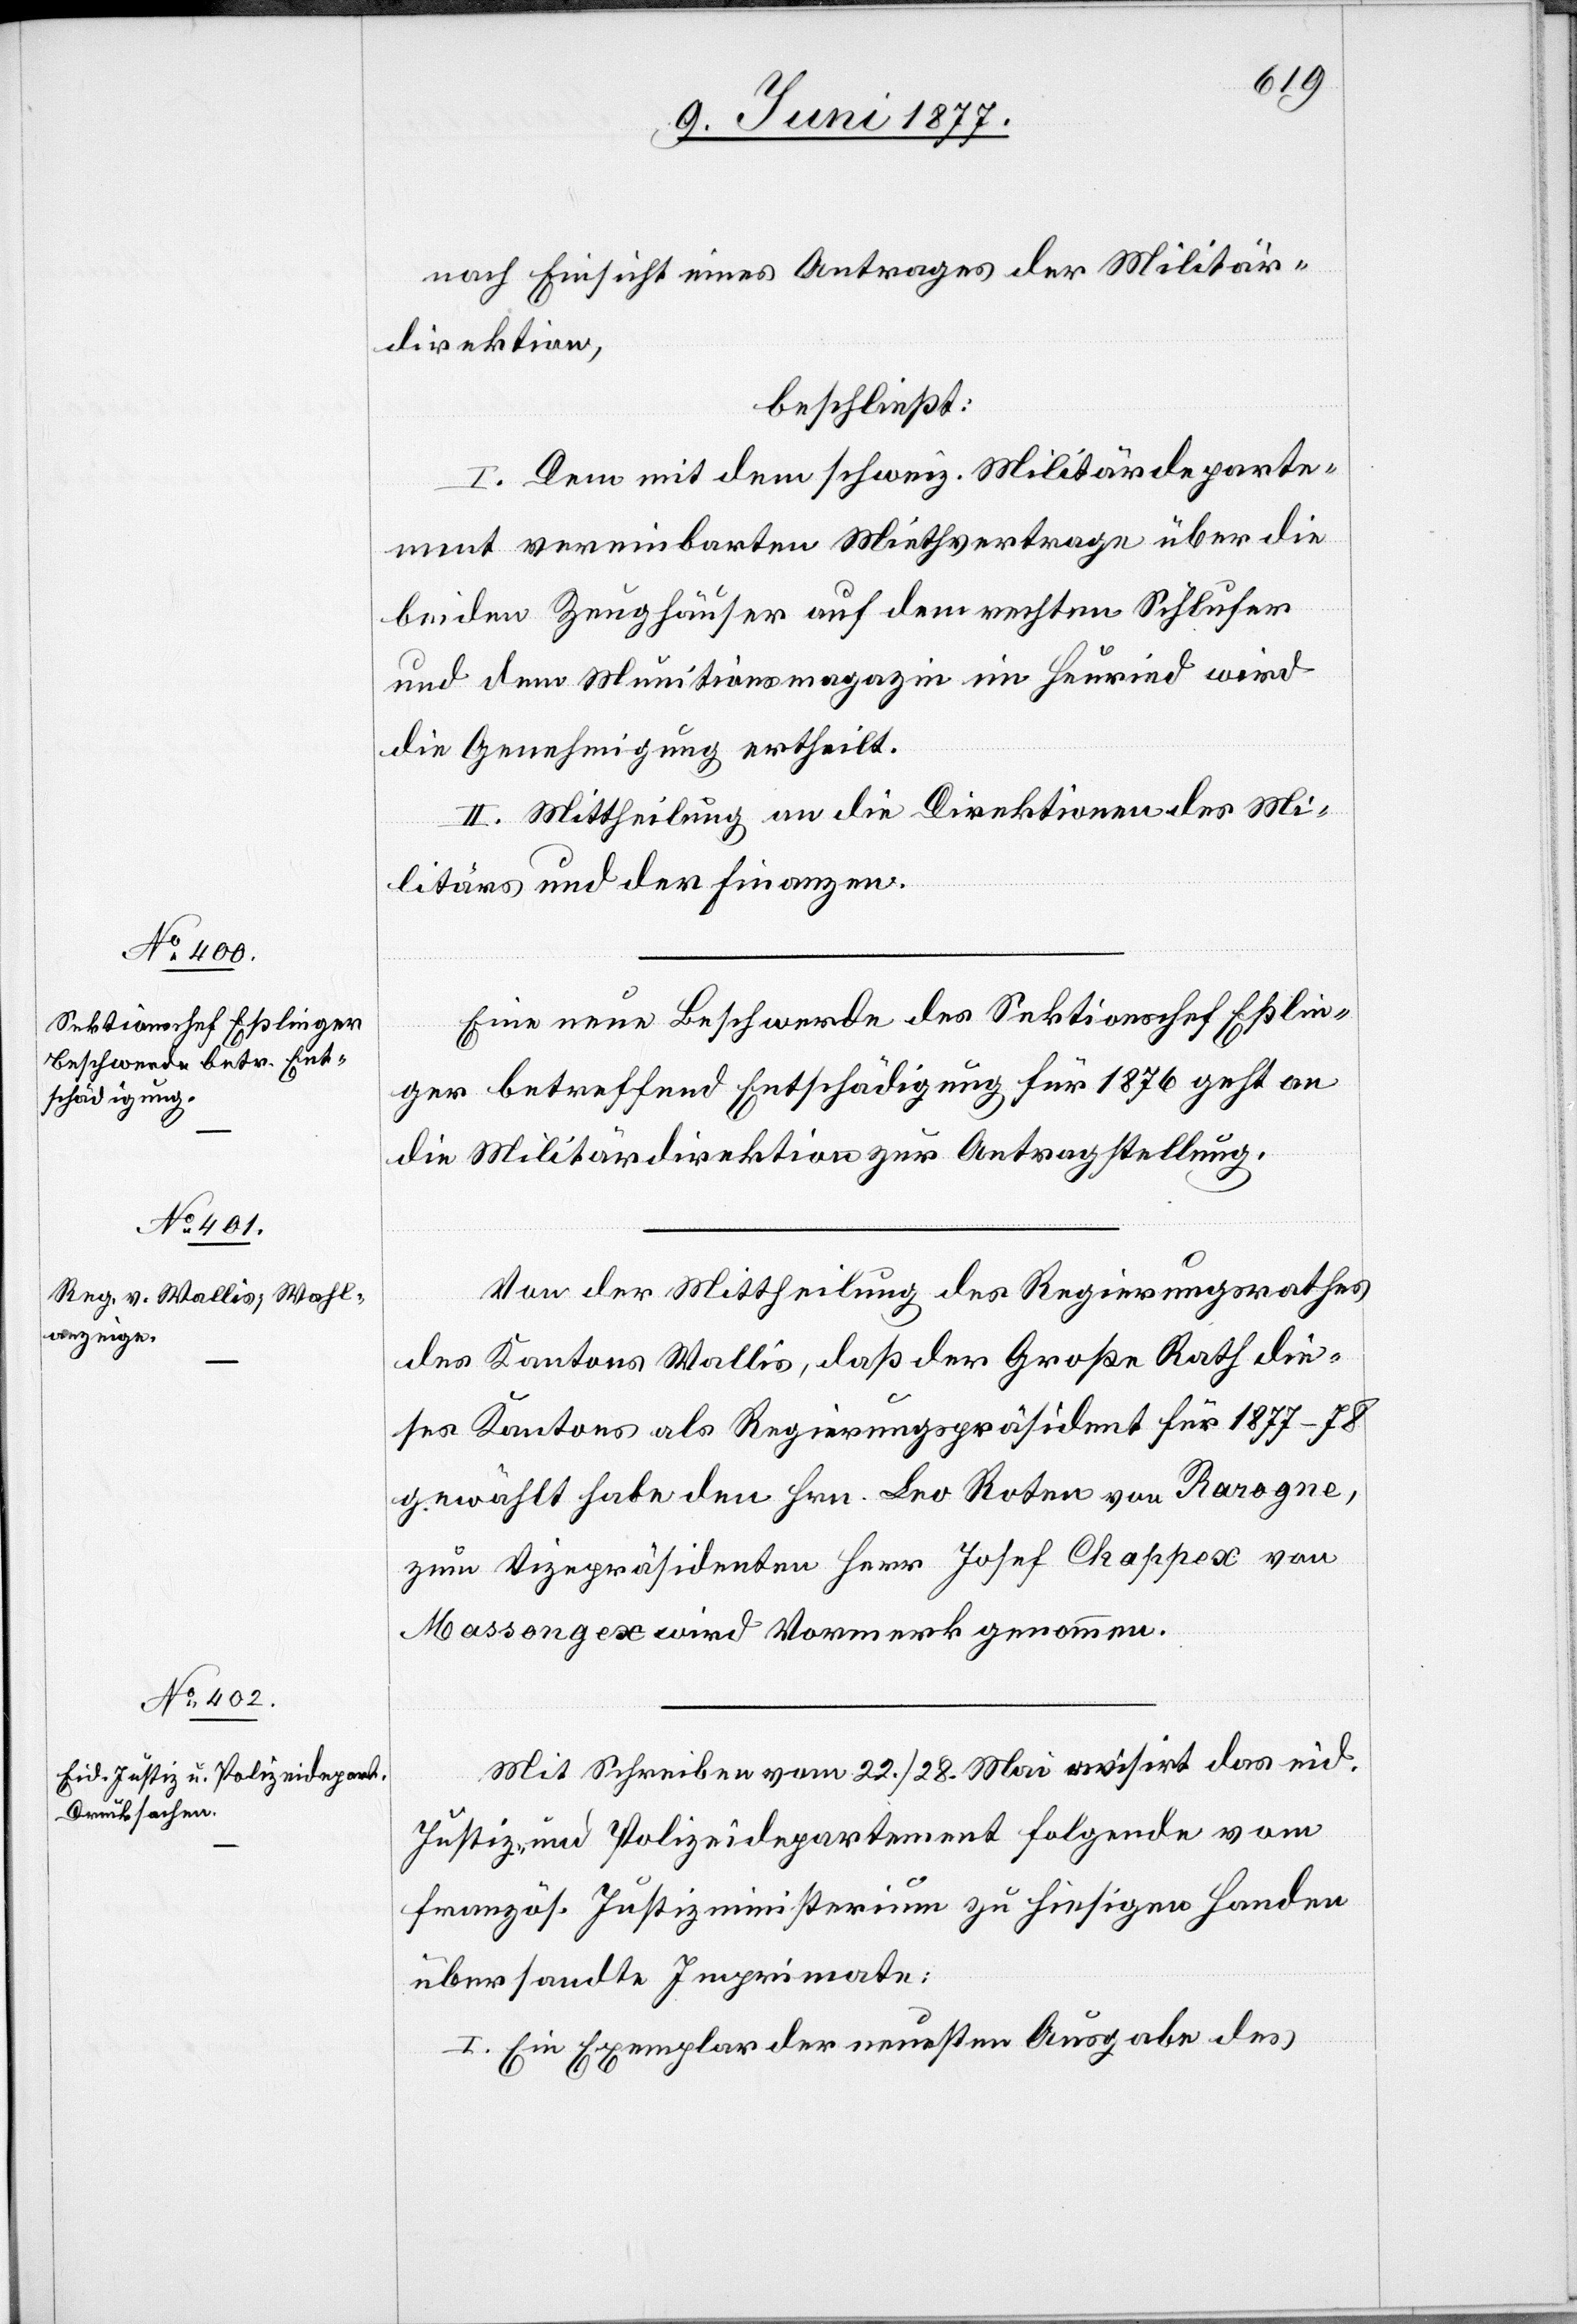
nach Einsicht eines Antrages der Militär¬
direktion,
beschließt:
I. Dem mit dem schweiz. Militärdeparte¬
ment vereinbarten Miethvertrage über die
beiden Zeughäuser auf dem rechten Sihlufer
und dem Munitionsmagazin im Heuried wird
die Genehmigung ertheilt.
II. Mittheilung an die Direktionen des Mi¬
litärs und der Finanzen.
Eine neue Beschwerde des Sektionschef Eßlin¬
ger betreffend Entschädigung für 1876 geht an
die Militärdirektion zur Antragstellung.
Von der Mittheilung des Regierungsrathes
des Kantons Wallis, daß der Große Rath die¬
ses Kantons als Regierungspräsident für 1877–78
gewählt habe den Hrn. Leo Roten von Rarogne,
zum Vizepräsidenten Herr Josef Chappex von
Massongex wird Vormerk genommen.
Mit Schreiben vom 22./28. Mai visirt das eid.
Justiz- und Polizeidepartement folgende vom
franz. Justizministerium zu hiesigen Handen
übersandte Imprimate:
I. Ein Exemplar der neusten Ausgabe des